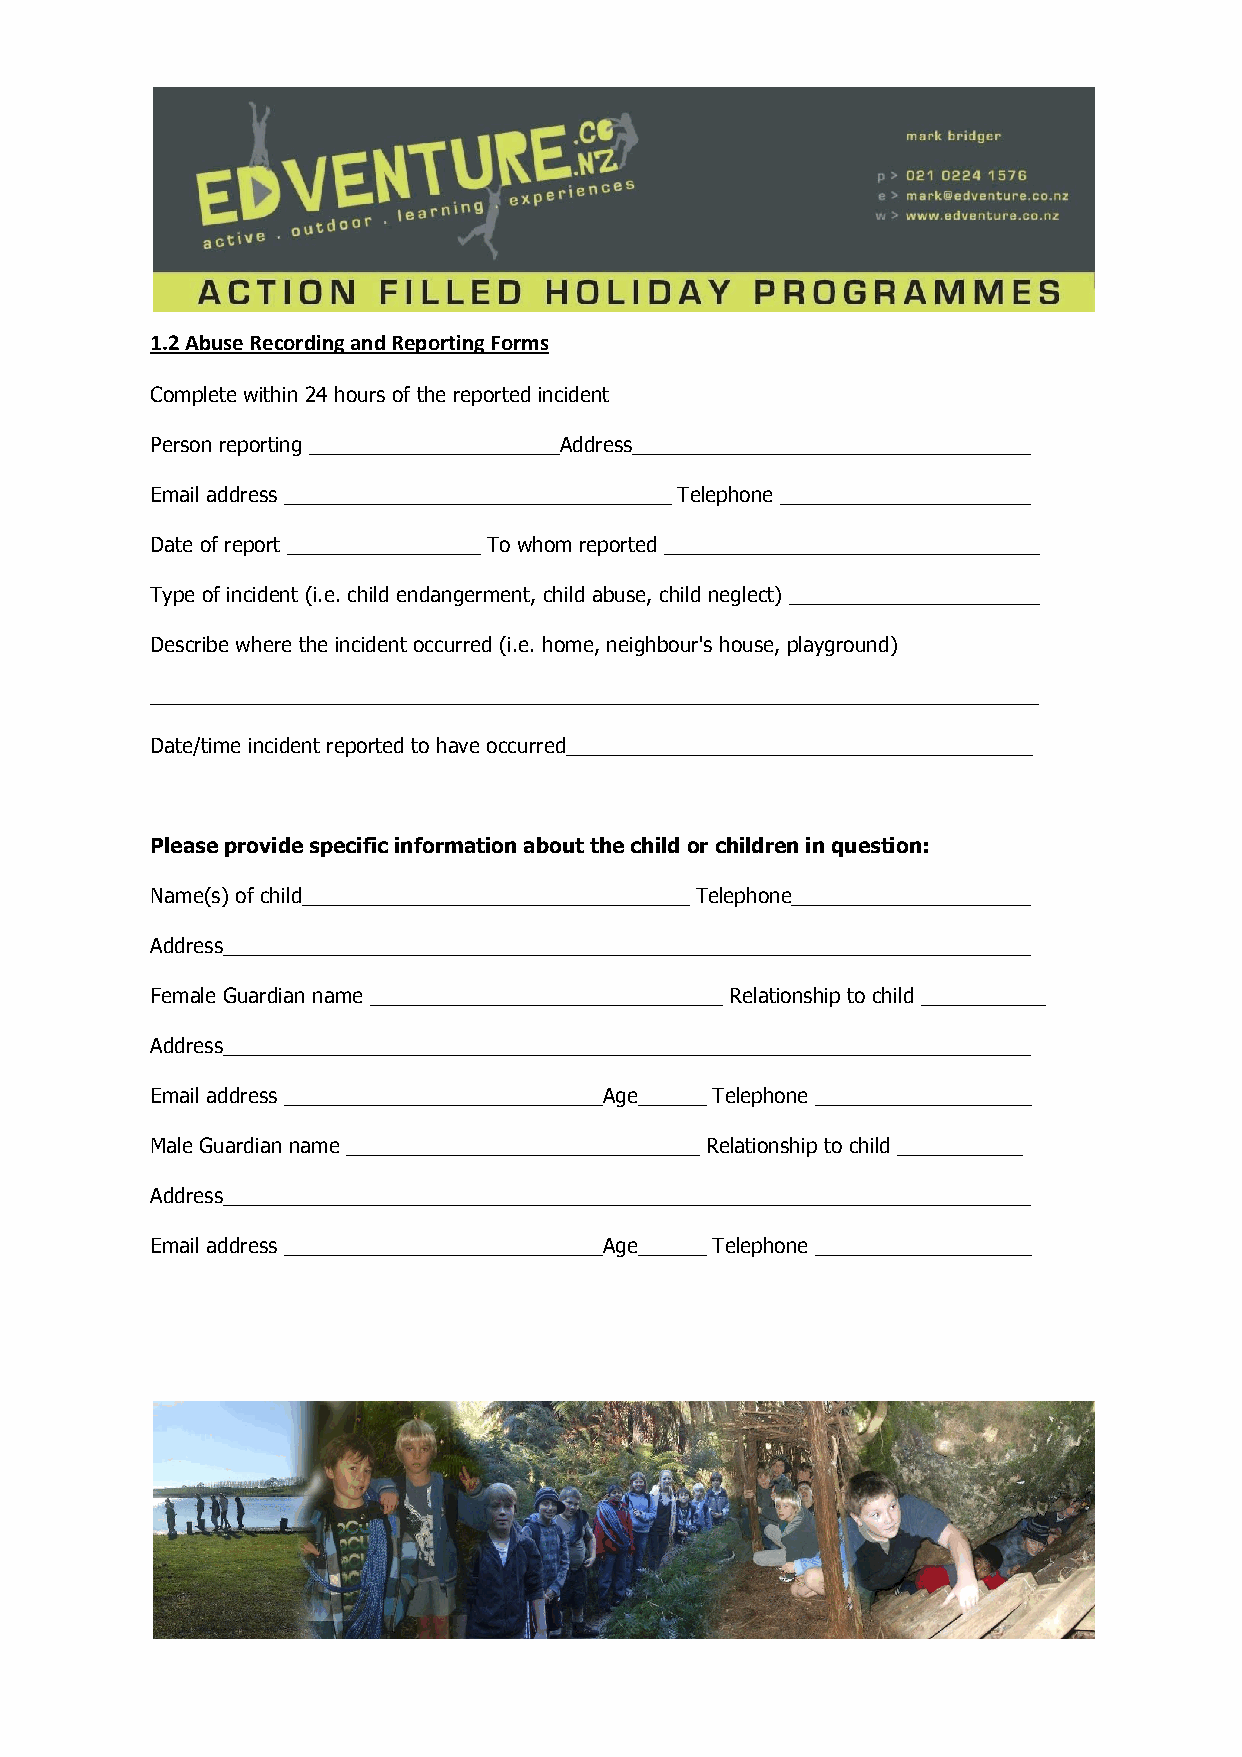
1.2 Abuse Recording and Reporting Forms
 Complete within 24 hours of the reported incident
 Person reporting ______________________Address___________________________________
 Email address __________________________________ Telephone ______________________
 Date of report _________________ To whom reported _________________________________
 Type of incident (i.e. child endangerment, child abuse, child neglect) ______________________
 Describe where the incident occurred (i.e. home, neighbour's house, playground)
 ______________________________________________________________________________
 Date/time incident reported to have occurred_________________________________________
 Please provide specific information about the child or children in question:
 Name(s) of child__________________________________ Telephone_____________________
 Address_______________________________________________________________________
 Female Guardian name _______________________________ Relationship to child ___________
 Address_______________________________________________________________________
 Email address ____________________________Age______ Telephone ___________________
 Male Guardian name _______________________________ Relationship to child ___________
 Address_______________________________________________________________________
 Email address ____________________________Age______ Telephone ___________________